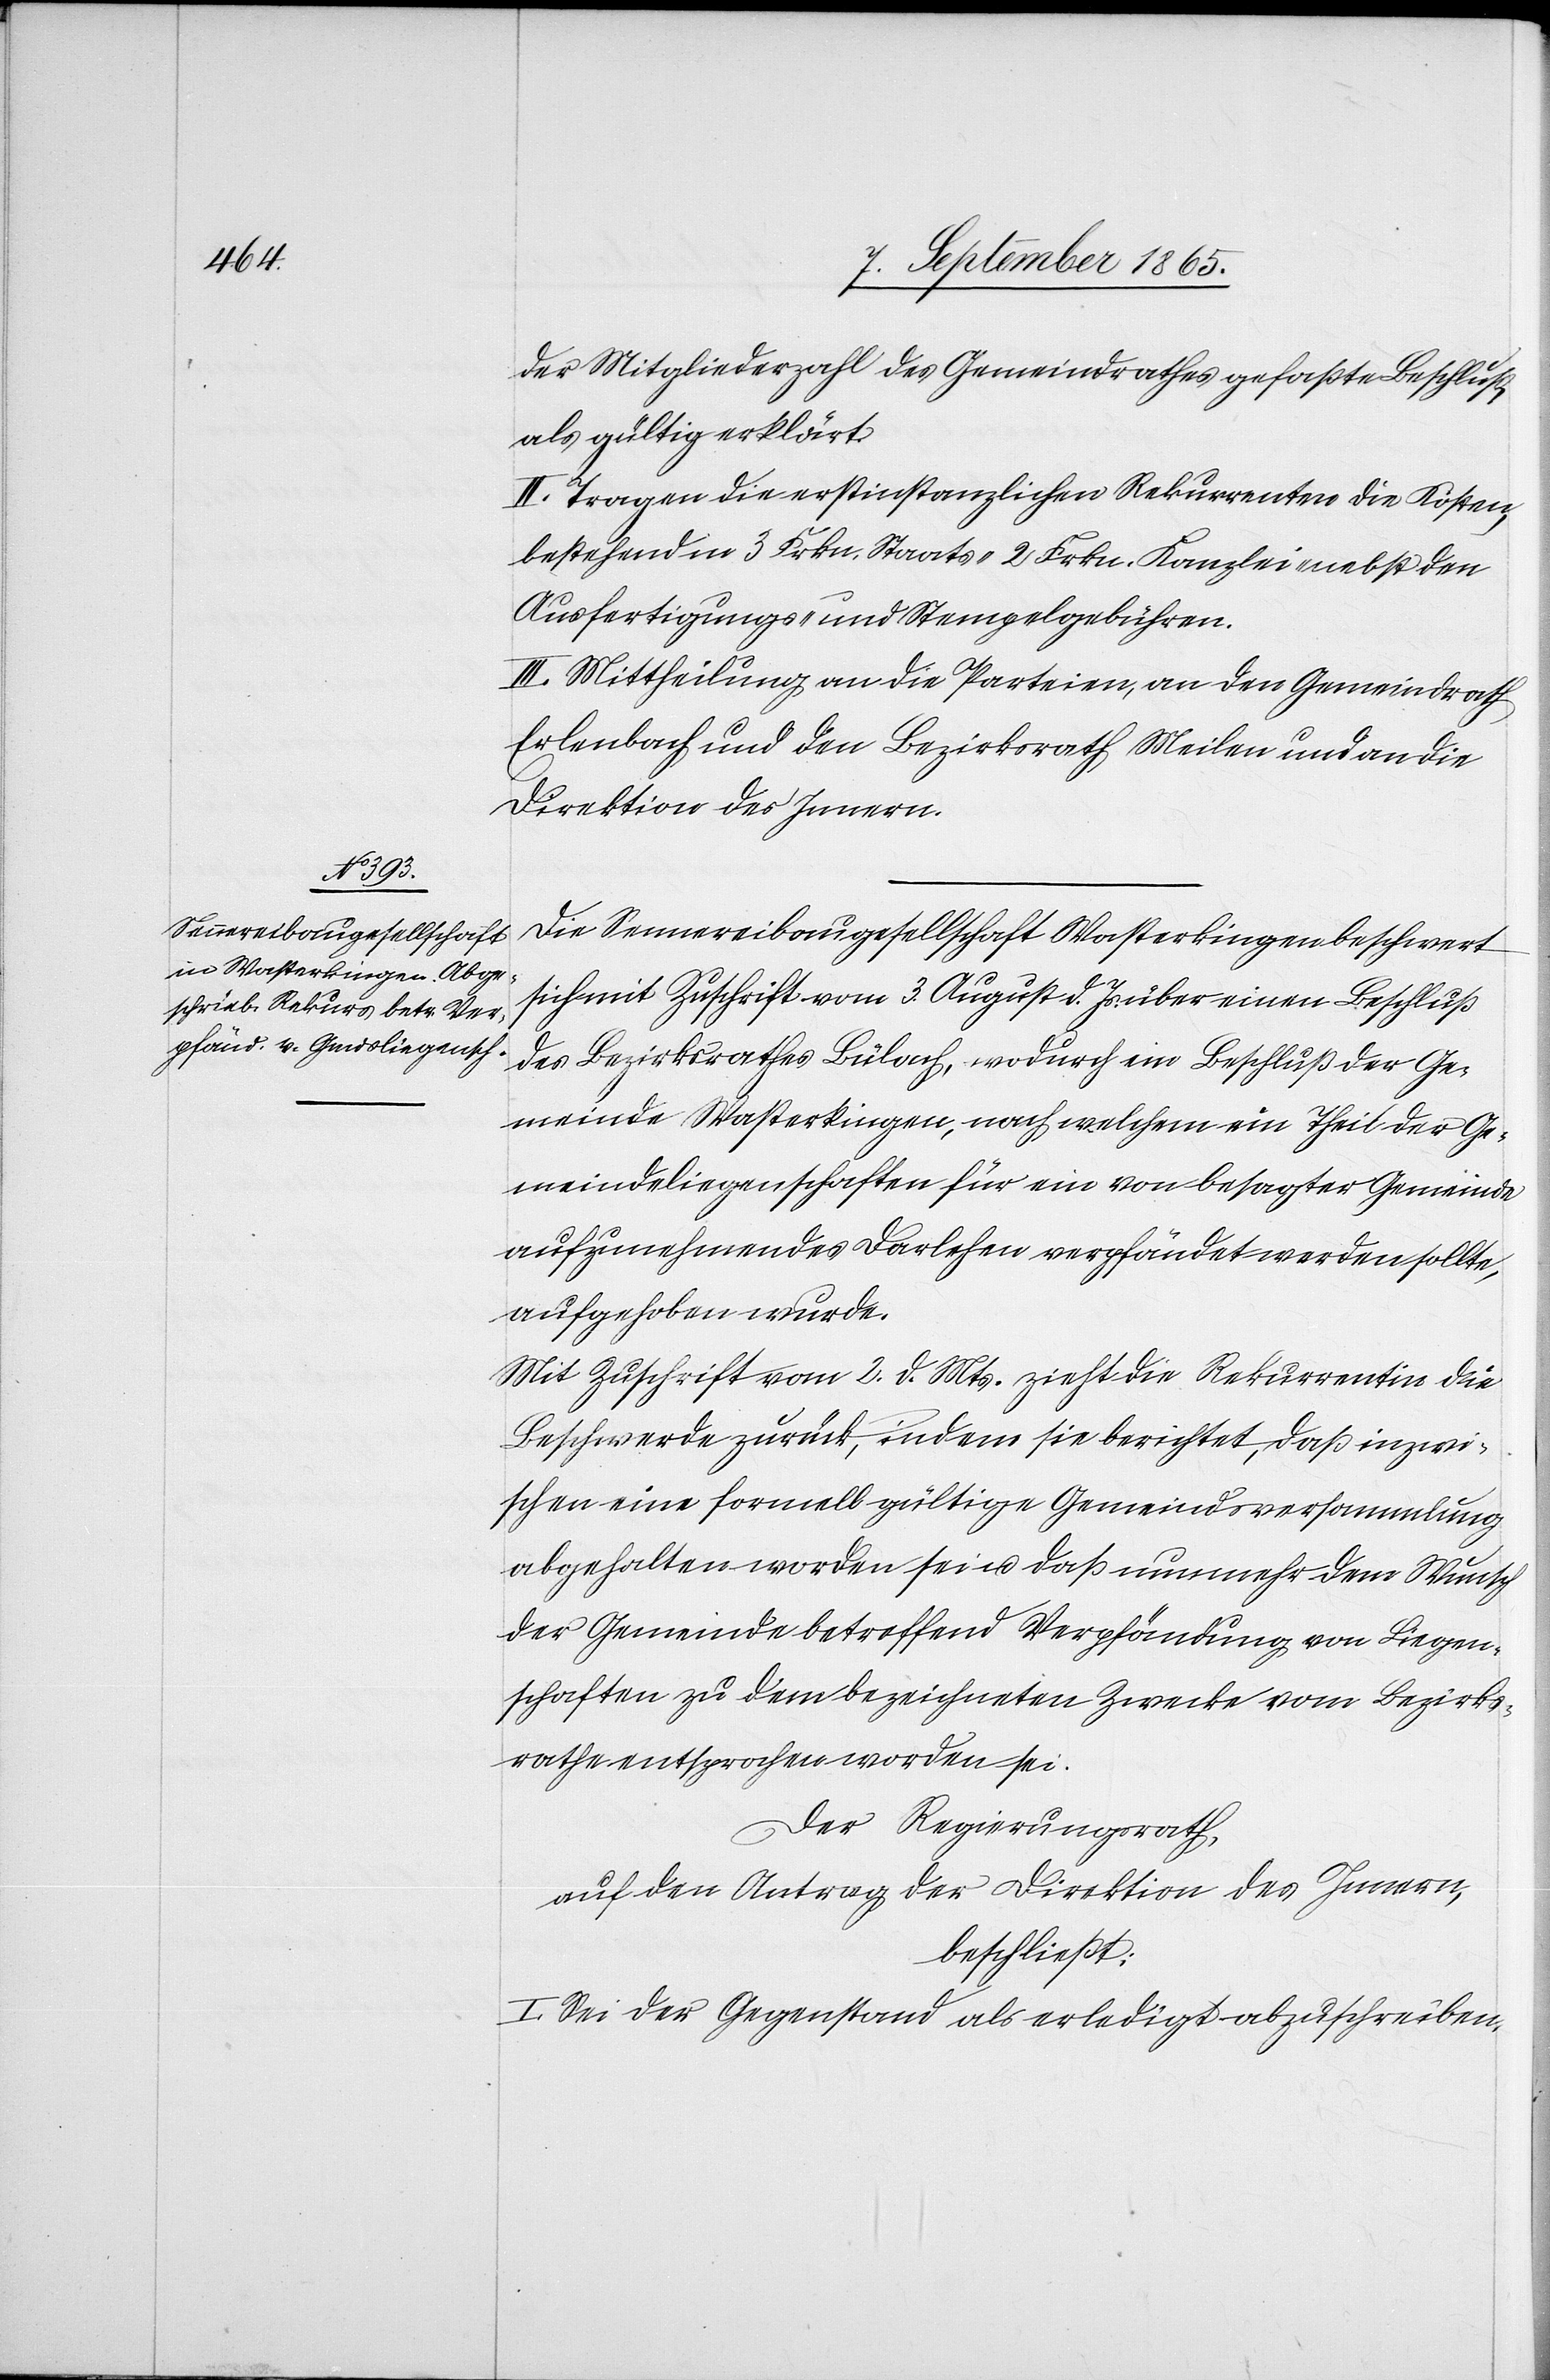
der Mitgliederzahl des Gemeindrathes gefaßte Beschluß,
als gültig erklärt.
II. Tragen die erstinstanzlichen Rekurrenten die Kosten,
bestehend in 3 Frkn. Staats-[,] 2 Frkn. Kanzlei- nebst den
Ausfertigungs- und Stempelgebühren.
III. Mittheilung an die Parteien, an den Gemeindrath
Erlenbach und den Bezirksrath Meilen und an die
Direktion des Innern.
Die Sennereibaugesellschaft Wasterkingen beschwert
sich mit Zuschrift vom 3. August d. Js. über einen Beschluß
des Bezirksrathes Bülach, wodurch im Beschluß der Ge¬
meinde Wasterkingen, nach welchem ein Theil der Ge¬
meindeliegenschaften für ein von besagter Gemeinde
aufzunehmendes Darlehen verpfändet werden sollte,
aufgehoben wurde.
Mit Zuschrift vom 2. d. Mts. zieht die Rekurrentin die
Beschwerde zurück, indem sie berichtet, daß inzwi¬
schen eine formell gültige Gemeindsversammlung
abgehalten worden sei u. daß nunmehr dem Wunsch
der Gemeinde betreffend Verpfändung von Liegen¬
schaften zu dem bezeichneten Zwecke vom Bezirks¬
rathe entsprochen worden sei.
Der Regierungsrath,
auf den Antrag der Direktion des Innern,
beschließt:
I. Sei der Gegenstand als erledigt abzuschreiben.